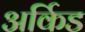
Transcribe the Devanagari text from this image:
अर्किड